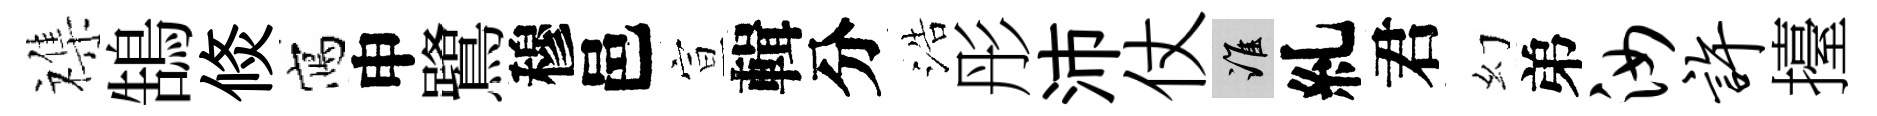
襍鵠倐寫申鷺穆邑宣輯分浩彤沛仗誰糺君幻弟汝许擡